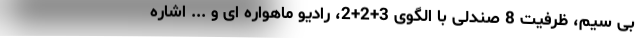
بی سیم، ظرفیت 8 صندلی با الگوی 3+2+2، رادیو ماهواره ای و ... اشاره